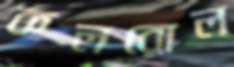
কলরোল